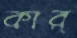
কার্